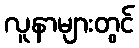
လူနာများတွင်